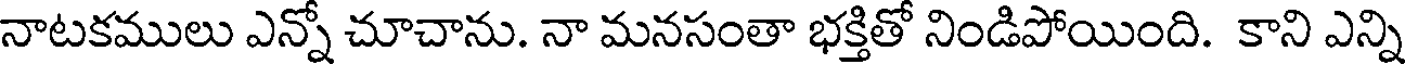
నాటకములు ఎన్నో చూచాను. నా మనసంతా భక్తితో నిండిపోయింది. కాని ఎన్ని